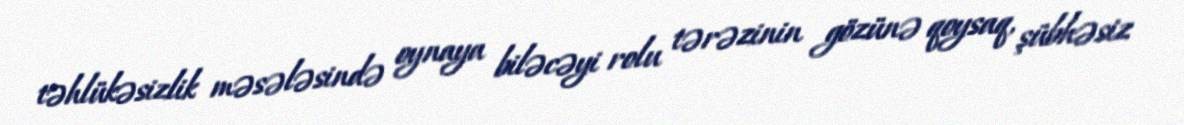
təhlükəsizlik məsələsində oynaya biləcəyi rolu tərəzinin gözünə qoysaq, şübhəsiz